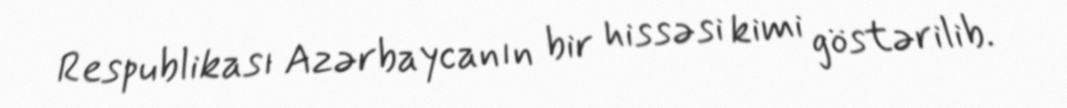
Respublikası Azərbaycanın bir hissəsi kimi göstərilib.